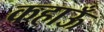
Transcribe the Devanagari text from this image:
कहाऊँ